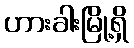
ဟားခါးမြို့ရှိ